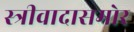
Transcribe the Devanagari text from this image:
स्त्रीवादासमोर